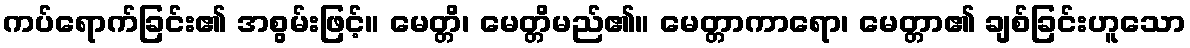
ကပ်ရောက်ခြင်း၏ အစွမ်းဖြင့်။ မေတ္တိ၊ မေတ္တိမည်၏။ မေတ္တာကာရော၊ မေတ္တာ၏ ချစ်ခြင်းဟူသော